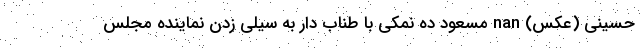
حسینی (عکس) nan مسعود ده نمکی با طناب دار به سیلی زدن نماینده مجلس